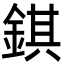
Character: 錤